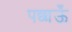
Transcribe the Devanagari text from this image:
पछाऊँ